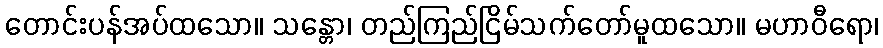
တောင်းပန်အပ်ထသော။ သန္တော၊ တည်ကြည်ငြိမ်သက်တော်မူထသော။ မဟာဝီရော၊